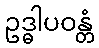
ဥဒ္ဓါပဝန္တံ